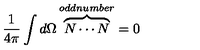
\frac { 1 } { 4 \pi } \int d \Omega \overbrace { N \cdots N } ^ { o d d n u m b e r } = 0